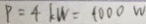
P = 4 k W = 1 0 0 0 W